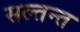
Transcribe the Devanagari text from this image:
सल्तन्त